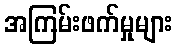
အကြမ်းဖက်မှုများ